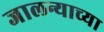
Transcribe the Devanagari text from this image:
जालन्याच्या